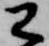
已